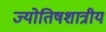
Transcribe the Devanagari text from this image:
ज्योतिषशात्रीय